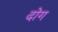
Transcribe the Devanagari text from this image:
दोग